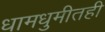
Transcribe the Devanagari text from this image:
धामधुमीतही